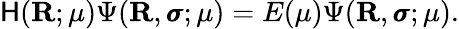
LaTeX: \mathsf{H}(\mathbf{{R}};\mu)\Psi(\mathbf{{R}},\pmb{\sigma};\mu)=E(\mu)\Psi(\mathbf{{R}},\pmb{\sigma};\mu).